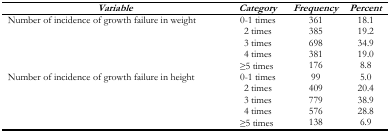
<table><thead><tr><td><b><i>Variable</i></b></td><td><b><i>Category</i></b></td><td><b><i>Frequency</i></b></td><td><b><i>Percent</i></b></td></tr></thead><tbody><tr><td rowspan="5">Number of incidence of growth failure in weight</td><td>0–1 times</td><td>361</td><td>18.1</td></tr><tr><td>2 times</td><td>385</td><td>19.2</td></tr><tr><td>3 times</td><td>698</td><td>34.9</td></tr><tr><td>4 times</td><td>381</td><td>19.0</td></tr><tr><td>≥5 times</td><td>176</td><td>8.8</td></tr><tr><td rowspan="5">Number of incidence of growth failure in height</td><td>0–1 times</td><td>99</td><td>5.0</td></tr><tr><td>2 times</td><td>409</td><td>20.4</td></tr><tr><td>3 times</td><td>779</td><td>38.9</td></tr><tr><td>4 times</td><td>576</td><td>28.8</td></tr><tr><td>≥5 times</td><td>138</td><td>6.9</td></tr></tbody></table>